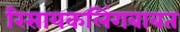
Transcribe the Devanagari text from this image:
रिसायकलिंगबाबत